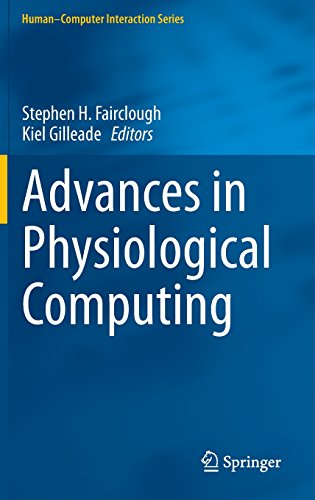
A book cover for Advances in Physiological Computing (Human-Computer Interaction Series); Computers & Technology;